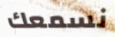
نسمعك